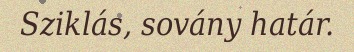
Sziklás, sovány határ.